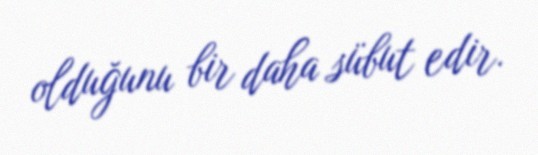
olduğunu bir daha sübut edir.